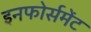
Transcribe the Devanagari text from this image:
इनफोर्समेंट